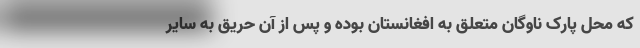
که محل پارک ناوگان متعلق به افغانستان بوده و پس از آن حریق به سایر